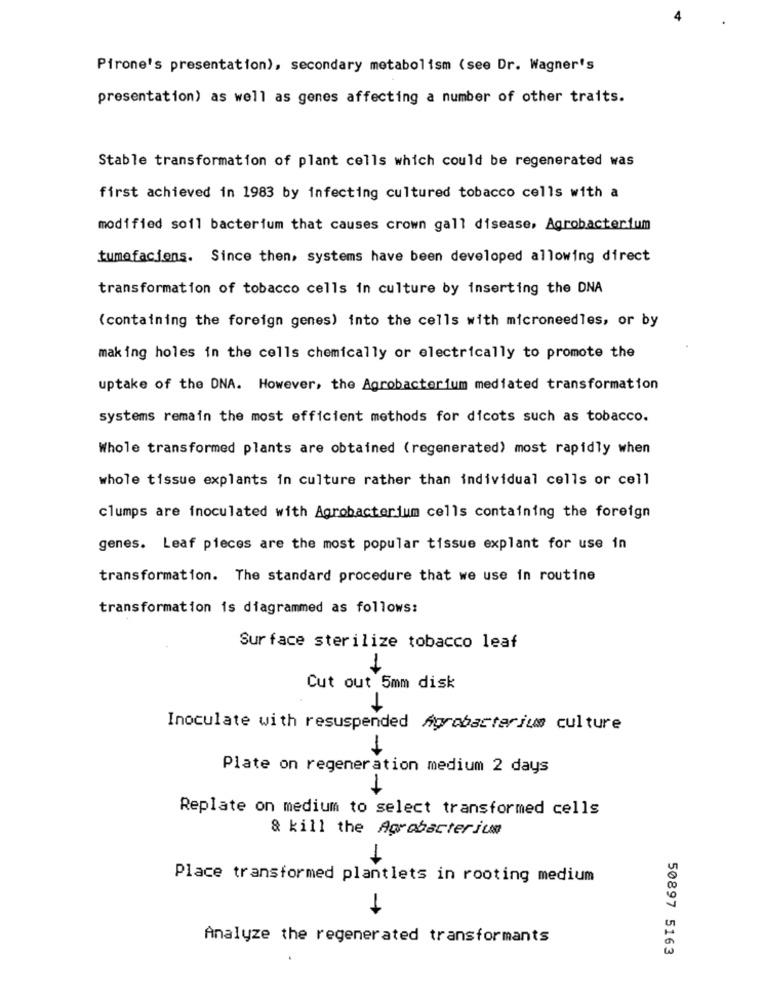
Pirone's presentation), secondary metabolism (see Dr. Wagner's
presentation) as well as genes affecting a number of other traits.
Stable transformation of plant cells which could be regenerated was
first achieved in 1983 by infecting cultured tobacco cells with a
modified soil bacterium that causes crown gall disease, Agrobacterium
tumefaciens. Since then, systems have been developed allowing direct
transformation of tobacco cells in culture by inserting the DNA
(containing the foreign genes) into the cells with microneedles, or by
making holes in the cells chemically or electrically to promote the
uptake of the DNA. However, the Agrobacterium mediated transformation
systems remain the most efficient methods for dicots such as tobacco.
Whole transformed plants are obtained (regenerated) most rapidly when
whole tissue explants in culture rather than individual cells or cell
clumps are inoculated with Agrobacterium cells containing the foreign
genes. Leaf pieces are the most popular tissue explant for use in
transformation. The standard procedure that we use in routine
transformation is diagrammed as follows:
Sur face sterilize tobacco leaf
1
Cut out 5mm disk
Inoculate with resuspended Agrobacterium culture
Plate on regeneration medium 2 days
Replate on medium to select transformed cells
& kill the Agrobacterium
-
Place transformed plantlets in rooting medium
Analyze the regenerated transformants
50897 5163